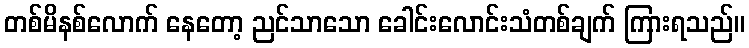
တစ်မိနစ်လောက် နေတော့ ညင်သာသော ခေါင်းလောင်းသံတစ်ချက် ကြားရသည်။